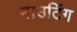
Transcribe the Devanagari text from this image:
माउटिंग